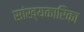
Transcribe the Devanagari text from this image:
सांख्‍यकारिका